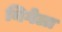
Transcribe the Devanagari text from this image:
निगेला